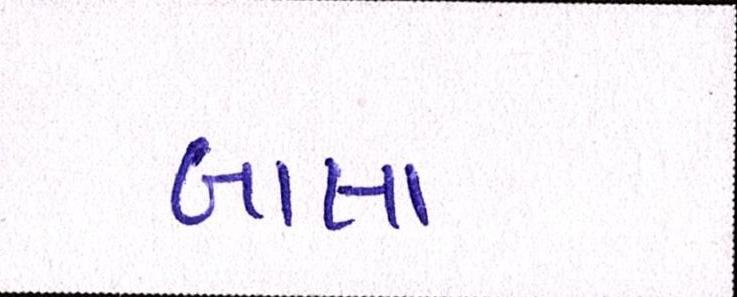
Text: બાલા